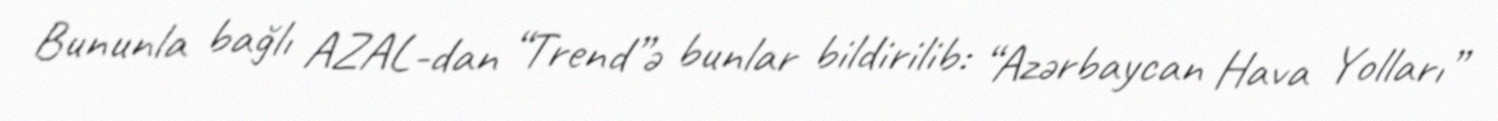
Bununla bağlı AZAL-dan “Trend”ə bunlar bildirilib: “Azərbaycan Hava Yolları”